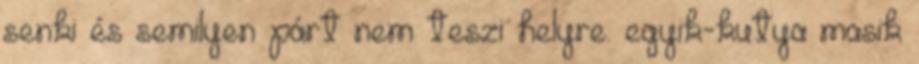
senki és semilyen párt nem teszi helyre. egyik-kutya masik